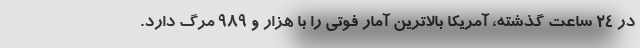
در ۲۴ ساعت گذشته، آمریکا بالاترین آمار فوتی را با هزار و ۹۸۹ مرگ دارد.